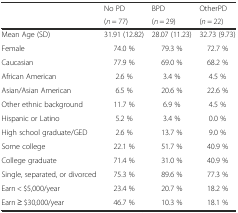
<table><thead><tr><td rowspan="2"></td><td><b>No PD</b></td><td><b>BPD</b></td><td><b>OtherPD</b></td></tr><tr><td><b>(<i>n</i> = 77)</b></td><td><b>(<i>n</i> = 29)</b></td><td><b>(<i>n</i> = 22)</b></td></tr></thead><tbody><tr><td>Mean Age (SD)</td><td>31.91 (12.82)</td><td>28.07 (11.23)</td><td>32.73 (9.73)</td></tr><tr><td>Female</td><td>74.0 %</td><td>79.3 %</td><td>72.7 %</td></tr><tr><td>Caucasian</td><td>77.9 %</td><td>69.0 %</td><td>68.2 %</td></tr><tr><td>African American</td><td>2.6 %</td><td>3.4 %</td><td>4.5 %</td></tr><tr><td>Asian/Asian American</td><td>6.5 %</td><td>20.6 %</td><td>22.6 %</td></tr><tr><td>Other ethnic background</td><td>11.7 %</td><td>6.9 %</td><td>4.5 %</td></tr><tr><td>Hispanic or Latino</td><td>5.2 %</td><td>3.4 %</td><td>0.0 %</td></tr><tr><td>High school graduate/GED</td><td>2.6 %</td><td>13.7 %</td><td>9.0 %</td></tr><tr><td>Some college</td><td>22.1 %</td><td>51.7 %</td><td>40.9 %</td></tr><tr><td>College graduate</td><td>71.4 %</td><td>31.0 %</td><td>40.9 %</td></tr><tr><td>Single, separated, or divorced</td><td>75.3 %</td><td>89.6 %</td><td>77.3 %</td></tr><tr><td>Earn &lt; $5,000/year</td><td>23.4 %</td><td>20.7 %</td><td>18.2 %</td></tr><tr><td>Earn ≥ $30,000/year</td><td>46.7 %</td><td>10.3 %</td><td>18.1 %</td></tr></tbody></table>